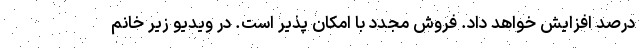
درصد افزایش خواهد داد. فروش مجدد با امکان پذیر است. در ویدیو زیر خانم